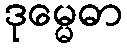
ဒုမ္မေဓာ